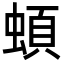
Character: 蝢